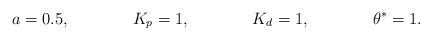
LaTeX: \begin{align*}a &= 0.5, &K_p &= 1, &K_d &= 1, &\theta^* &= 1.\end{align*}